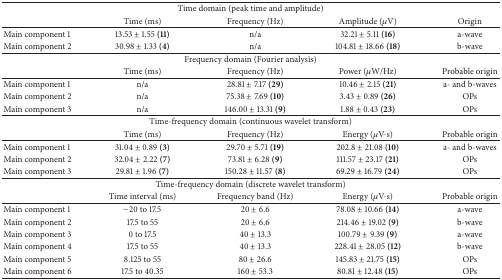
| <COLSPAN=5> Time domain (peak time and amplitude) |
 |  | Time (ms) | Frequency (Hz) | Amplitude (μV) | Origin |
 | --- | --- | --- | --- | --- |
 | Main component 1 | 13.53 ± 1.55 (11) | n/a | 32.21 ± 5.11 (16) | a-wave |
 | Main component 2 | 30.98 ± 1.33 (4) | n/a | 104.81 ± 18.66 (18) | b-wave |
 | <COLSPAN=5> Frequency domain (Fourier analysis) |
 |  | Time (ms) | Frequency (Hz) | Power (μW/Hz) | Probable origin |
 | Main component 1 | n/a | 28.81 ± 7.17 (29) | 10.46 ± 2.15 (21) | a- and b-waves |
 | Main component 2 | n/a | 75.38 ± 7.69 (10) | 3.43 ± 0.89 (26) | OPs |
 | Main component 3 | n/a | 146.00 ± 13.31 (9) | 1.88 ± 0.43 (23) | OPs |
 | <COLSPAN=5> Time-frequency domain (continuous wavelet transform) |
 |  | Time (ms) | Frequency (Hz) | Energy (μV·s) | Probable origin |
 | Main component 1 | 31.04 ± 0.89 (3) | 29.70 ± 5.71 (19) | 202.8 ± 21.08 (10) | a- and b-waves |
 | Main component 2 | 32.04 ± 2.22 (7) | 73.81 ± 6.28 (9) | 111.57 ± 23.17 (21) | OPs |
 | Main component 3 | 29.81 ± 1.96 (7) | 150.28 ± 11.57 (8) | 69.29 ± 16.79 (24) | OPs |
 | <COLSPAN=5> Time-frequency domain (discrete wavelet transform) |
 |  | Time interval (ms) | Frequency band (Hz) | Energy (μV·s) | Probable origin |
 | Main component 1 | −20 to 17.5 | 20 ± 6.6 | 78.08 ± 10.66 (14) | a-wave |
 | Main component 2 | 17.5 to 55 | 20 ± 6.6 | 214.46 ± 19.02 (9) | b-wave |
 | Main component 3 | 0 to 17.5 | 40 ± 13.3 | 100.79 ± 9.39 (9) | a-wave |
 | Main component 4 | 17.5 to 55 | 40 ± 13.3 | 228.41 ± 28.05 (12) | b-wave |
 | Main component 5 | 8.125 to 55 | 80 ± 26.6 | 145.83 ± 21.75 (15) | OPs |
 | Main component 6 | 17.5 to 40.35 | 160 ± 53.3 | 80.81 ± 12.48 (15) | OPs |